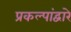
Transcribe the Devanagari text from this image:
प्रकल्पांद्वारे